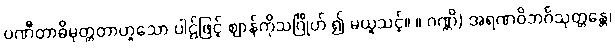
ပဏီတာဓိမုတ္တတာဟူသော ပါဌ်ဖြင့် ဈာန်ကိုသင်္ဂြိုဟ် ၍ မယူသင့်။ ။ ဂဏ္ဌိ) အရဏဝိဘင်္ဂသုတ္တန္တေ၊